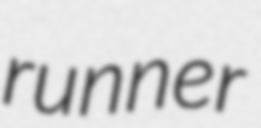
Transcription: runner